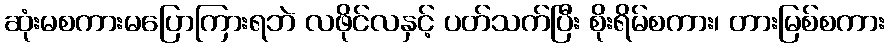
ဆုံးမစကားမပြောကြားရဘဲ လဖိုင်လနှင့် ပတ်သက်ပြီး စိုးရိမ်စကား၊ တားမြစ်စကား